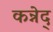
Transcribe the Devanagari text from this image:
कन्नेद्